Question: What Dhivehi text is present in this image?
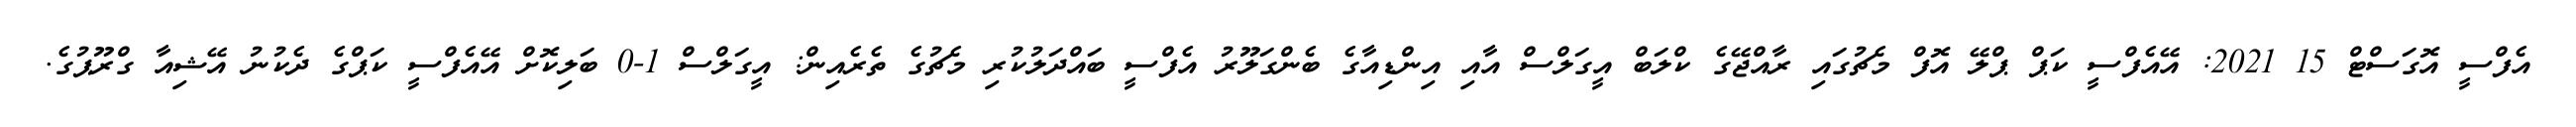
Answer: އެފްސީ އޮގަސްޓް 15 2021: އޭއެފްސީ ކަޕް ޕްލޭ އޮފް މެޗުގައި ރާއްޖޭގެ ކްލަބް އީގަލްސް އާއި އިންޑިއާގެ ބެންގަލޫރު އެފްސީ ބައްދަލުކުރި މެޗުގެ ތެރެއިން: އީގަލްސް 1-0 ބަލިކޮށް އޭއެފްސީ ކަޕްގެ ދެކުނު އޭޝިއާ ގްރޫޕުގެ.